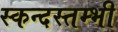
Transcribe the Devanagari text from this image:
स्कन्दस्तम्भी